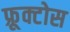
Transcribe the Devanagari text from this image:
फ़्रूक्टोस